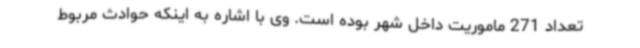
تعداد 271 ماموریت داخل شهر بوده است. وی با اشاره به اینکه حوادث مربوط